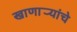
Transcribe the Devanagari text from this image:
खाणार्‍यांचे